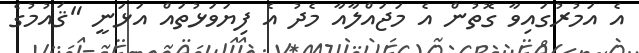
އެ އަމުރުގައިވާ ގޮތުން އެ މަޖައްލާއާ މެދު އެ ފިޔަވަޅުތައް އަޅަނީ "ޤައުމުގެ